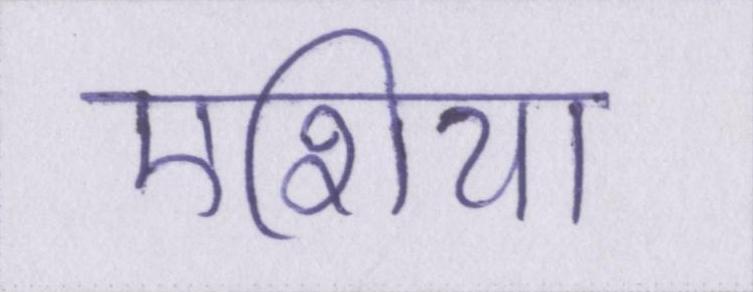
एशिया